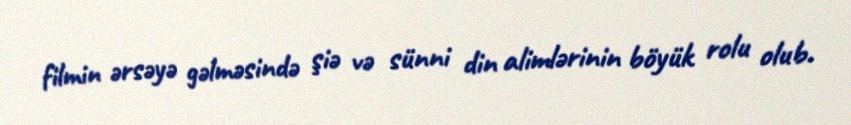
filmin ərsəyə gəlməsində şiə və sünni din alimlərinin böyük rolu olub.